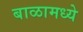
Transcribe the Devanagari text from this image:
बाळामध्ये